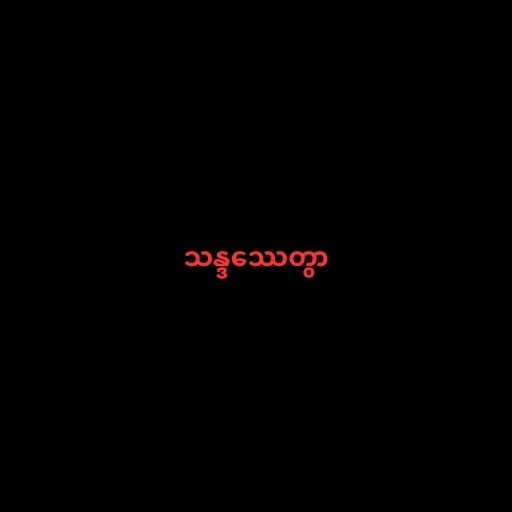
သန္ဒဿေတွာ